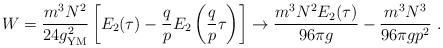
LaTeX: \begin{align*}W = {m^3N^2\over 24 g_{{\rm YM}}^2}\left[E_2(\tau) -{q\over p}E_2\left({q\over p}\tau\right)\right]\to {m^3N^2E_2(\tau)\over 96 \pi g}-{m^3N^3\over 96 \pi gp^2} \ .\end{align*}